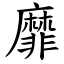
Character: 靡